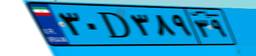
۳۰D۳۸۹۳۹